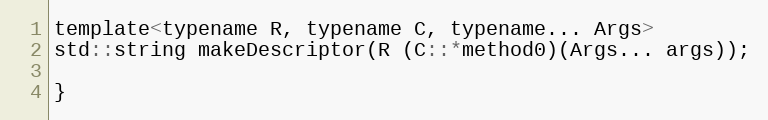
Language: C
template<typename R, typename C, typename... Args>
std::string makeDescriptor(R (C::*method0)(Args... args));

}